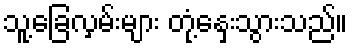
သူ့ခြေလှမ်းများ တုံ့နှေးသွားသည်။